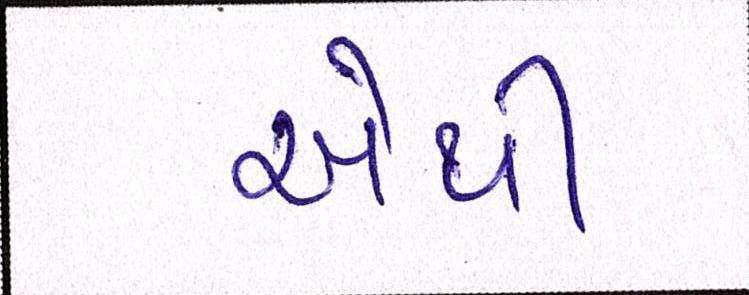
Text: એથી